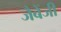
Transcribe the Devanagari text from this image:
जैबेंजी